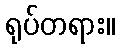
ရုပ်တရား။